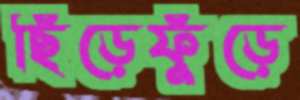
ছিঁড়েফুঁড়ে